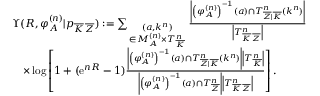
\begin{array} { r l } & { \Upsilon ( R , \varphi _ { \cal A } ^ { ( n ) } | p _ { \overline { { K } } \, \overline { { Z } } } ) : = \sum _ { \scriptstyle ( a , k ^ { n } ) \atop { \scriptstyle \in { \cal M } _ { \cal A } ^ { ( n ) } \times T _ { \overline { { K } } } ^ { n } } } \textstyle \frac { \left| \left( \varphi _ { \cal A } ^ { ( n ) } \right) ^ { - 1 } ( a ) \cap T _ { \overline { { Z } } | \overline { { K } } } ^ { n } ( k ^ { n } ) \right| } { \left| T _ { \overline { { K } } \, \overline { { Z } } } ^ { n } \right| } } \\ & { \quad \times \log \left[ 1 + ( \mathrm { e } ^ { n R } - 1 ) \textstyle \frac { \left| \left( \varphi _ { \cal A } ^ { ( n ) } \right) ^ { - 1 } ( a ) \cap T _ { \overline { { Z } } | \overline { { K } } } ^ { n } ( k ^ { n } ) \right| \left| T _ { \overline { { K } } } ^ { n } \right| } { \left| \left( \varphi _ { \cal A } ^ { ( n ) } \right) ^ { - 1 } ( a ) \cap T _ { \overline { { Z } } } ^ { n } \right| \left| T _ { \overline { { K } } \, \overline { { Z } } } ^ { n } \right| } \right] . } \end{array}